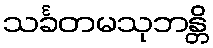
သင်္ခတမသုဘန္တိ